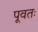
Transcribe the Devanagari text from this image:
पूवतः